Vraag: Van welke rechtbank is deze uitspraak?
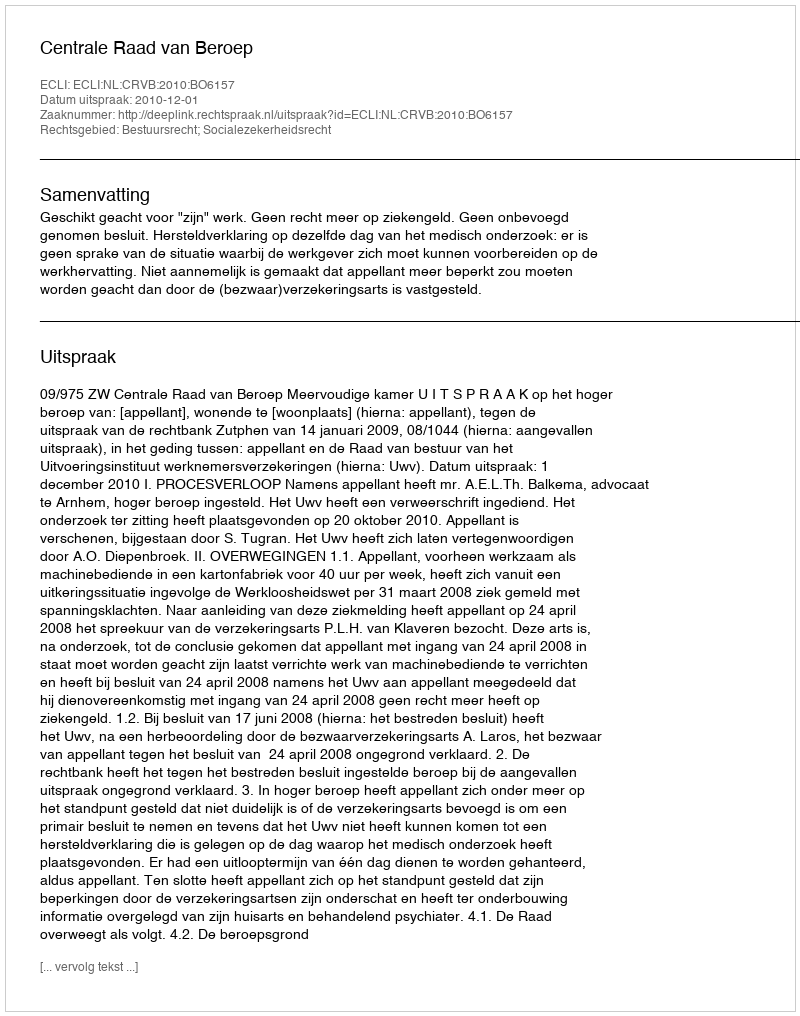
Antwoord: Centrale Raad van Beroep